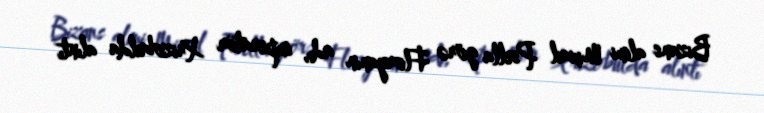
Bizans alimi Mixail Psella görə Floryanın adı, imperator Xrizobulda alıntı